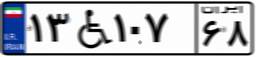
۱۳W۱۰۷۶۸